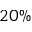
2 0 \%